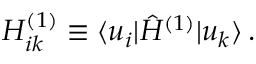
\begin{array} { r } { H _ { i k } ^ { ( 1 ) } \equiv \langle u _ { i } | \hat { H } ^ { ( 1 ) } | u _ { k } \rangle \, . } \end{array}